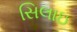
સિલાઇ